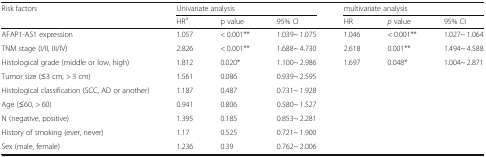
<table><thead><tr><td rowspan="2"><b>Risk factors</b></td><td colspan="3"><b>Univariate analysis</b></td><td colspan="3"><b>multivariate analysis</b></td></tr><tr><td><b>HR<sup>a</sup></b></td><td><b>p value</b></td><td><b>95% CI</b></td><td><b>HR</b></td><td><b><i>p</i> value</b></td><td><b>95% CI</b></td></tr></thead><tbody><tr><td>AFAP1-AS1 expression</td><td>1.057</td><td>&lt; 0.001**</td><td>1.039~ 1.075</td><td>1.046</td><td>&lt; 0.001**</td><td>1.027~ 1.064</td></tr><tr><td>TNM stage (I/II, III/IV)</td><td>2.826</td><td>&lt; 0.001**</td><td>1.688~ 4.730</td><td>2.618</td><td>0.001**</td><td>1.494~ 4.588</td></tr><tr><td>Histological grade (middle or low, high)</td><td>1.812</td><td>0.020*</td><td>1.100~ 2.986</td><td>1.697</td><td>0.048*</td><td>1.004~ 2.871</td></tr><tr><td>Tumor size (≤3 cm, &gt; 3 cm)</td><td>1.561</td><td>0.086</td><td>0.939~ 2.595</td><td></td><td></td><td></td></tr><tr><td>Histological classification (SCC, AD or another)</td><td>1.187</td><td>0.487</td><td>0.731~ 1.928</td><td></td><td></td><td></td></tr><tr><td>Age (≤60, &gt; 60)</td><td>0.941</td><td>0.806</td><td>0.580~ 1.527</td><td></td><td></td><td></td></tr><tr><td>N (negative, positive)</td><td>1.395</td><td>0.185</td><td>0.853~ 2.281</td><td></td><td></td><td></td></tr><tr><td>History of smoking (ever, never)</td><td>1.17</td><td>0.525</td><td>0.721~ 1.900</td><td></td><td></td><td></td></tr><tr><td>Sex (male, female)</td><td>1.236</td><td>0.39</td><td>0.762~ 2.006</td><td></td><td></td><td></td></tr></tbody></table>